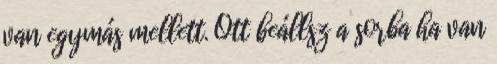
van egymás mellett. Ott beállsz a sorba ha van